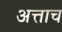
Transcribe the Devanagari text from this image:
अत्ताच